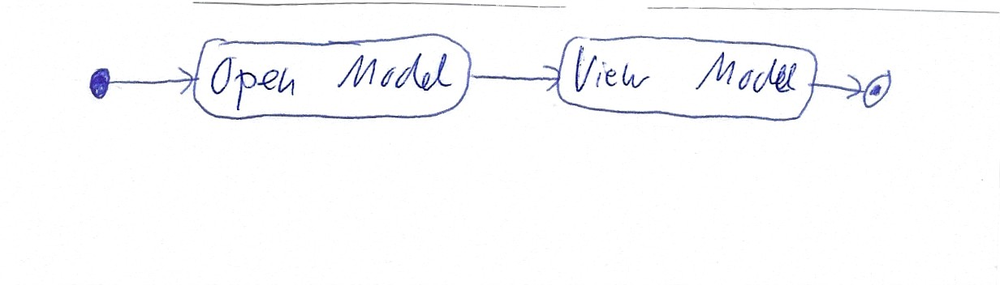
Diagram type: activity_diagram
```plantuml
@startuml

start

:Open Model;

:View Model;

stop

@enduml
```